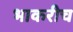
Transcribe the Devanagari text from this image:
भाकरीच